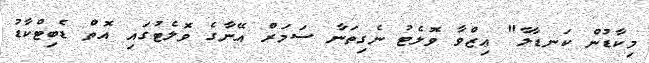
މިކާޑުން ކަނޑާލާ" ޢިޒްވާ ވޮލެޓު ނެގިތަނާ ސަމަރް އޭނާގެ ވޮލެޓުގައި އޮތް ޑެބިޓްކާޑު